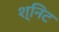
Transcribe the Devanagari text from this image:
श्निट